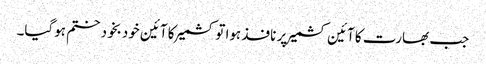
جب بھارت کا آئین کشمیر پر نافذ ہوا تو کشمیر کا آئین خودبخود ختم ہوگیا۔